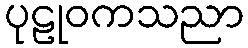
ပုဠုဝကသညာ